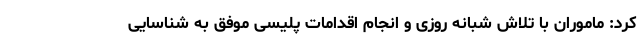
کرد: ماموران با تلاش شبانه روزی و انجام اقدامات پلیسی موفق به شناسایی